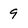
Character: 9